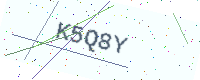
Text: K5Q8Y